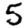
Digit: 5